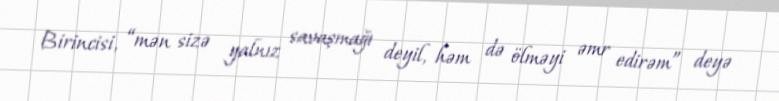
Birincisi, “mən sizə yalnız savaşmağı deyil, həm də ölməyi əmr edirəm” deyə